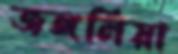
জঙ্গলিয়া